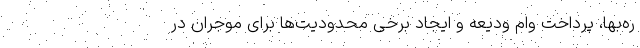
ره‌‌بها، پرداخت وام ودیعه و ایجاد برخی محدودیت‌‌ها برای موجران در